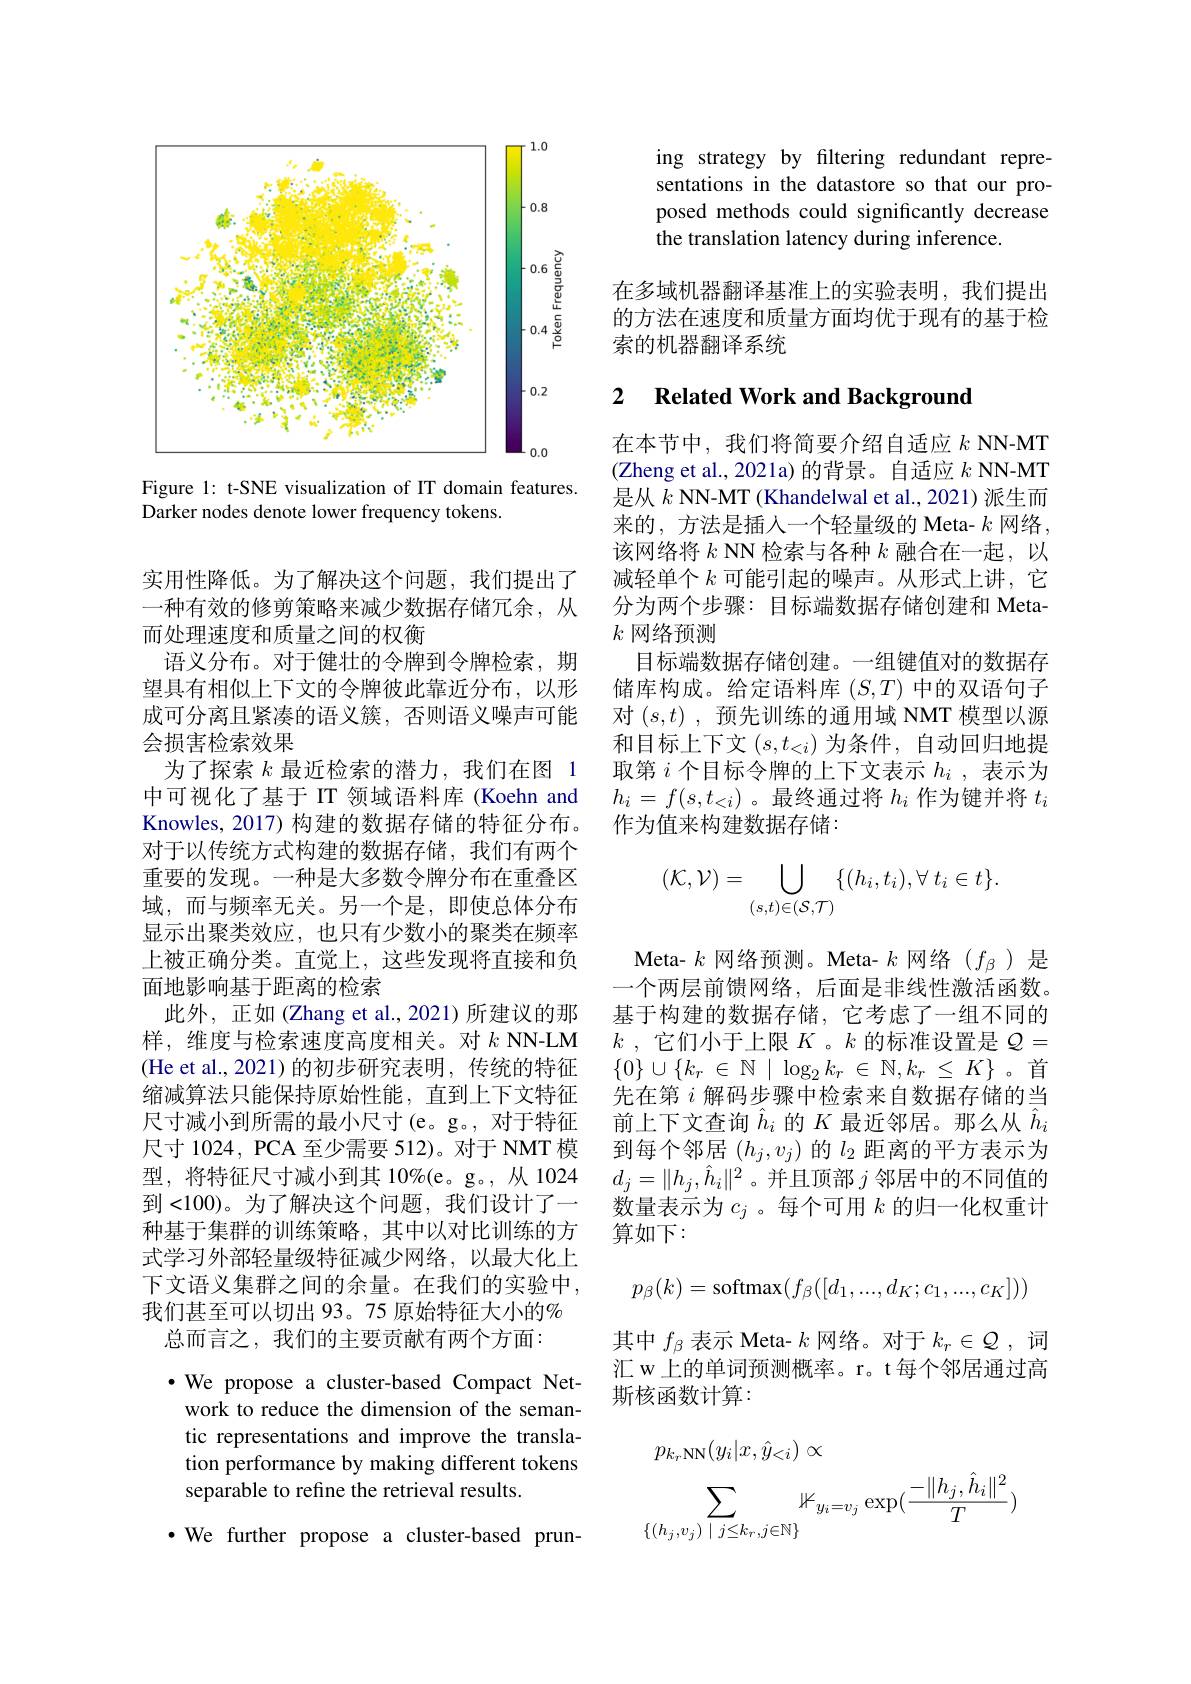
<FigureHere>

Figure 1: t-SNE visualization of IT domain features
Darker nodes denote lower frequency tokens.

实用性降低。为了解决这个问题，我们提出了一种有效的修剪策略来减少数据存储冗余，从而处理速度和质量之间的权衡
语义分布。对于健壮的令牌到令牌检索，期望具有相似上下文的令牌彼此靠近分布，以形成可分离且紧凑的语义簇，否则语义噪声可能会损害检索效果
为了探索$k$最近检索的潜力，我们在图 1中可视化了基于 IT 领域语料库 (Koehn and Knowles, 2017) 构建的数据存储的特征分布。对于以传统方式构建的数据存储，我们有两个重要的发现。一种是大多数令牌分布在重叠区域，而与频率无关。另一个是，即使总体分布显示出聚类效应，也只有少数小的聚类在频率上被正确分类。直觉上，这些发现将直接和负面地影响基于距离的检索
此外，正如(Zhang et al.,2021)所建议的那样，维度与检索速度高度相关。对$k$ NN-LM (He et al.,2021)的初步研究表明，传统的特征缩减算法只能保持原始性能，直到上下文特征尺寸减小到所需的最小尺寸(e。g。, 对于特征尺寸 1024, PCA 至少需要 512)。对于 NMT 模型，将特征尺寸减小到其 10%(e。g。,从 1024到<100)。为了解决这个问题，我们设计了一种基于集群的训练策略，其中以对比训练的方式学习外部轻量级特征减少网络，以最大化上下文语义集群之间的余量。在我们的实验中， 我们甚至可以切出 93。75 原始特征大小的%
总而言之，我们的主要贡献有两个方面：
$\cdot$ We propose a cluster-based Compact Net-

work to reduce the dimension of the semantic representations and improve the translation performance by making different tokens separable to refine the retrieval results.

·We further propose a cluster-based prun-

ing strategy by filtering redundant representations in the datastore so that our proposed methods could significantly decrease the translation latency during inference.

在多域机器翻译基准上的实验表明，我们提出的方法在速度和质量方面均优于现有的基于检索的机器翻译系统

### 2 $\textbf{Related Work and Background}$

在本节中，我们将简要介绍自适应$k$ NN-MT (Zheng et al., 2021a) 的背景。自适应$k$ NN-MT 是从$k$ NN-MT (Khandelwal et al., 2021)派生而来的，方法是插人一个轻量级的 Meta- $k$网络， 该网络将$k$ NN 检索与各种$k$融合在一起，以减轻单个$k$可能引起的噪声。从形式上讲，它分为两个步骤：目标端数据存储创建和 Meta- $k$网络预测
目标端数据存储创建。一组键值对的数据存储库构成。给定语料库$(S,T)$中的双语句子对$(s,t)$,预先训练的通用域 NMT 模型以源和目标上下文$(s,t_<i)$为条件，自动回归地提取第$i$个目标令牌的上下文表示$h_i$,表示为$h_i=f(s,t_{<i})$ 。最终通过将$h_i$作为键并将$t_i$ 作为值来构建数据存储：
$$(\mathcal{K},\mathcal{V})=\bigcup\limits_{(s,t)\in(\mathcal{S},\mathcal{T})}\{(h_i,t_i),\forall\:t_i\in t\}.$$
Meta- $k$网络预测。Meta- $k$网络($f_\beta$)是一个两层前馈网络，后面是非线性激活函数。基于构建的数据存储，它考虑了一组不同的$k$ ,它们小于上限$K$ 。$k$的标准设置是$Q=$ $\{0\}\cup\{k_r\in\mathbb{N}\mid\log_2k_r\in\mathbb{N},k_r\leq K\}$。首先在第$i$解码步骤中检索来自数据存储的当前上下文查询$\hat{h}_i$的$K$最近邻居。那么从$\hat{h}_i$ 到每个邻居$(h_j,v_j)$的$l_2$距离的平方表示为$d_j=\|h_j,\hat{h}_i\|^2$。并且顶部$j$邻居中的不同值的数量表示为$c_j$ 。每个可用$k$的归一化权重计算如下：
$$p_\beta(k)=\text{softmax}(f_\beta([d_1,...,d_K;c_1,...,c_K]))$$
其中$f_\beta$表示 Meta- $k$网络。对于$k_r\in\mathcal{Q}$,词汇 w 上的单词预测概率。r。t 每个邻居通过高斯核函数计算：
$$\begin{aligned}&p_{k_{r}\mathrm{NN}}(y_{i}|x,\hat{y}_{<i})\propto\\&\sum_{\{(h_{j},v_{j})\mid j\leq k_{r},j\in\mathbb{N}\}}\mathbb{1}_{y_{i}=v_{j}}\exp(\frac{-\|h_{j},\hat{h}_{i}\|^{2}}{T})\end{aligned}$$